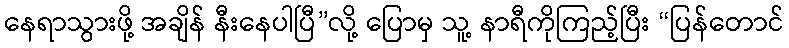
နေရာသွားဖို့ အချိန် နီးနေပါပြီ”လို့ ပြောမှ သူ့ နာရီကိုကြည့်ပြီး “ပြန်တောင်